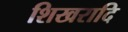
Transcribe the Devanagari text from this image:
शिखरादि